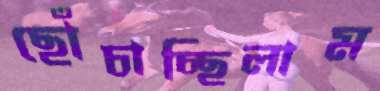
ছোঁচাচ্ছিলাম